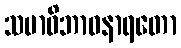
သမာဓိဘာဝနာရတော